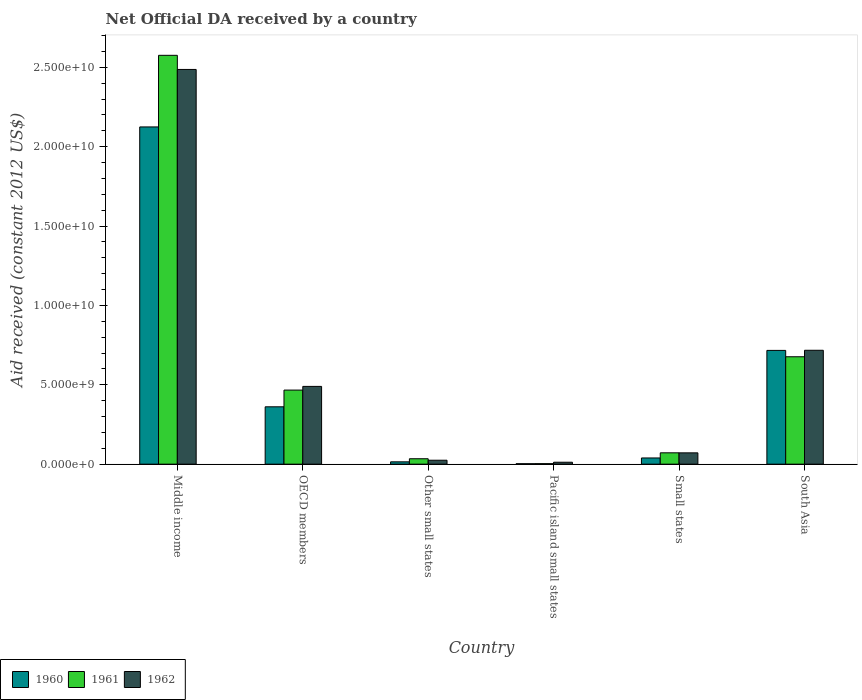
| Country | 1960 | 1961 | 1962 |
 | --- | --- | --- | --- |
 | Middle income | 2.12e+10 | 2.58e+10 | 2.49e+10 |
 | OECD members | 3.61e+09 | 4.67e+09 | 4.9e+09 |
 | Other small states | 1.46e+08 | 3.41e+08 | 2.48e+08 |
 | Pacific island small states | 2.87e+07 | 3.25e+07 | 1.22e+08 |
 | Small states | 3.9e+08 | 7.15e+08 | 7.12e+08 |
 | South Asia | 7.17e+09 | 6.76e+09 | 7.17e+09 |